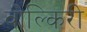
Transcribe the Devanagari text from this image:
वोल्किरी